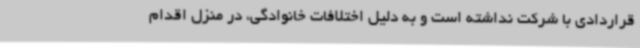
قراردادی با شرکت نداشته است و به دلیل اختلافات خانوادگی، در منزل اقدام